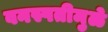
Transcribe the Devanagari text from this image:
वनस्पतीमुळे